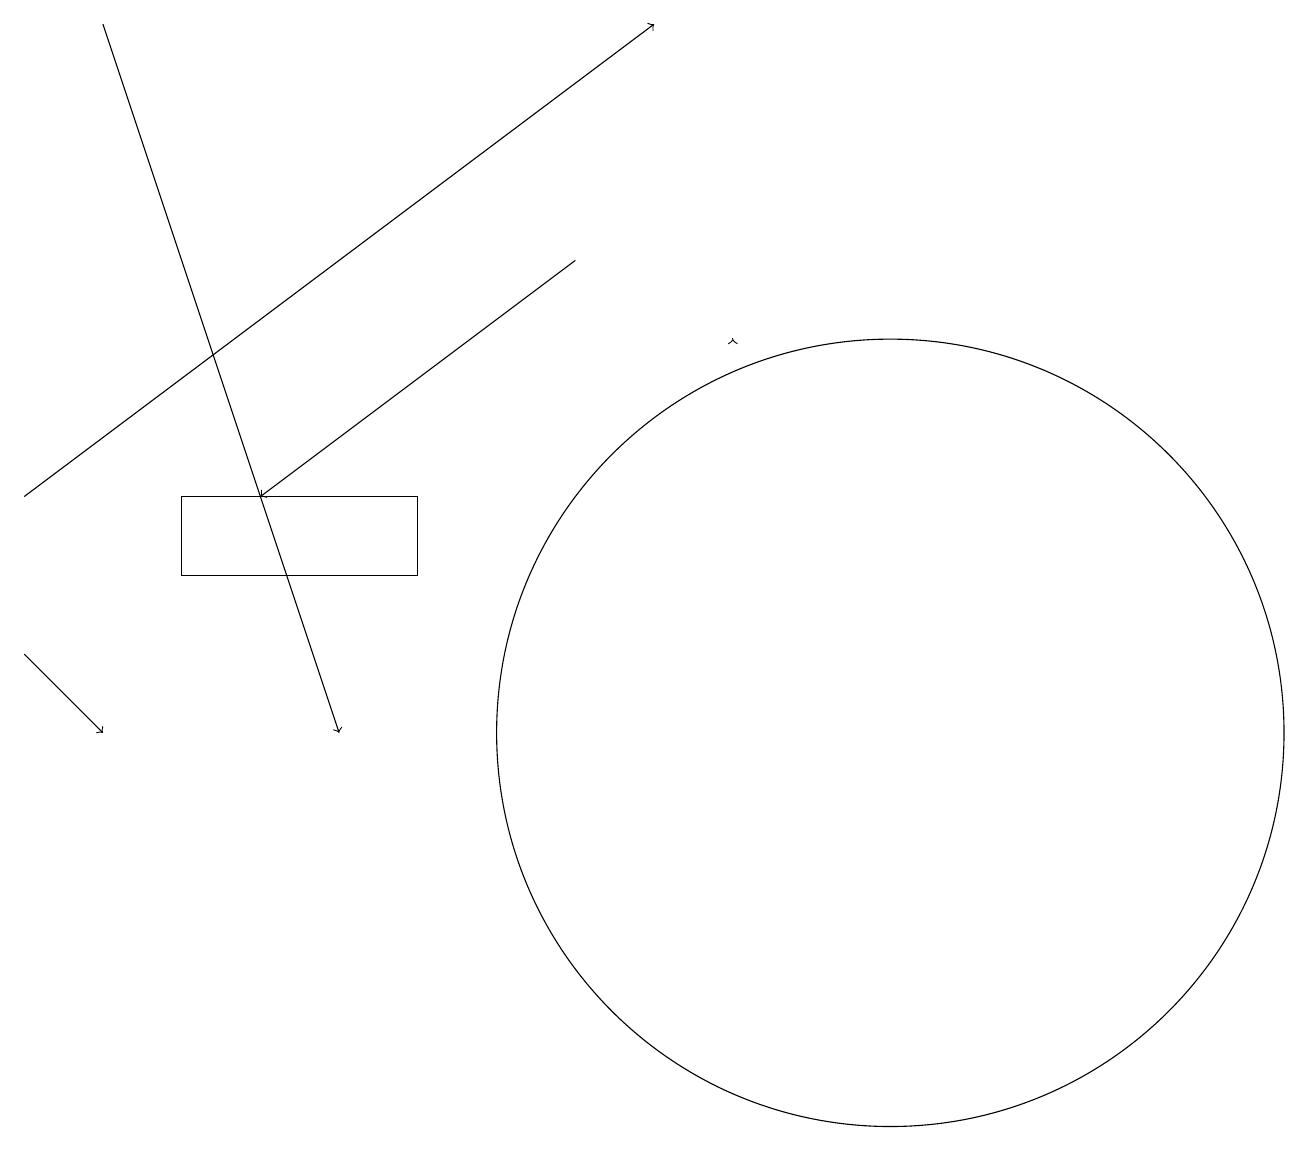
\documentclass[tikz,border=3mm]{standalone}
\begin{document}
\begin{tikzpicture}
\draw (10,10) circle (0);
\draw (5,12) rectangle (2,13);
\draw[->] (7,16) -- (3,13);
\draw (11,10) circle (5);
\draw[->] (0,11) -- (1,10);
\draw[->] (9,15) -- (9,15);
\draw[->] (1,19) -- (4,10);
\draw[->] (0,13) -- (8,19);
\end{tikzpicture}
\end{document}